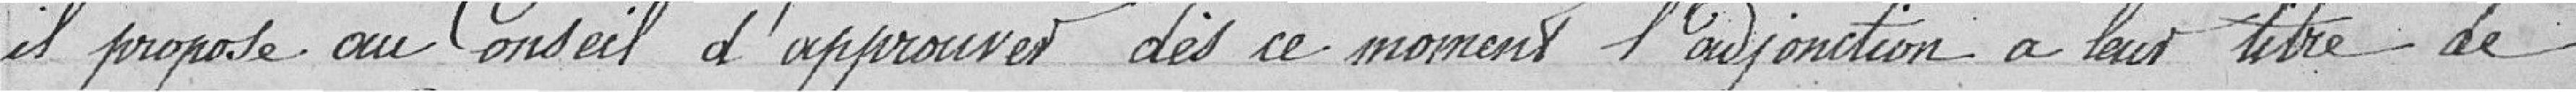
il propose au au Conseil d'approuver dès ce moment l'adjonction à leur titre de